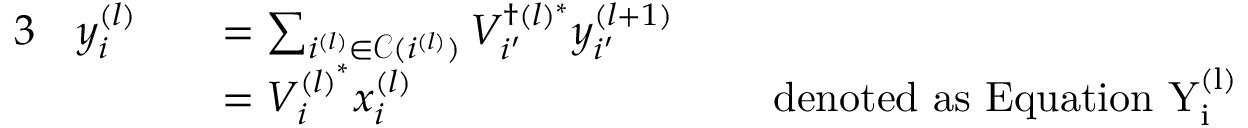
\begin{array} { r l r l r l } { { 3 } } & { y _ { i } ^ { ( l ) } } & & { = \sum _ { i ^ { ( l ) } \in \mathcal { C } ( i ^ { ( l ) } ) } V _ { i ^ { \prime } } ^ { \dagger ( l ) ^ { * } } y _ { i ^ { \prime } } ^ { ( l + 1 ) } } & & { } \\ & { } & & { = V _ { i } ^ { { ( l ) } ^ { * } } x _ { i } ^ { ( l ) } } & & { \mathrm { ~ d e n o t e d ~ a s ~ E q u a t i o n ~ \mathrm { Y } _ { i } ^ { ( l ) } ~ } } \end{array}